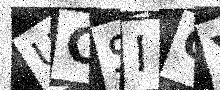
Text: UCSIGY